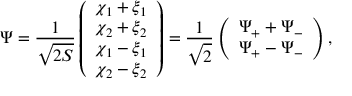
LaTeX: \Psi = \frac { 1 } { \sqrt { 2 S } } \left( \begin{array} { l } { { \chi _ { 1 } + \xi _ { 1 } } } \\ { { \chi _ { 2 } + \xi _ { 2 } } } \\ { { \chi _ { 1 } - \xi _ { 1 } } } \\ { { \chi _ { 2 } - \xi _ { 2 } } } \end{array} \right) = \frac { 1 } { \sqrt { 2 } } \left( \begin{array} { l } { { \Psi _ { + } + \Psi _ { - } } } \\ { { \Psi _ { + } - \Psi _ { - } } } \end{array} \right) ,